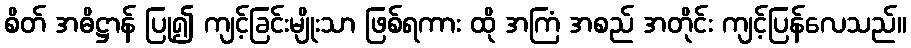
စိတ် အဓိဋ္ဌာန် ပြု၍ ကျင့်ခြင်းမျိုးသာ ဖြစ်ရကား ထို အကြံ အစည် အတိုင်း ကျင့်ပြန်လေသည်။